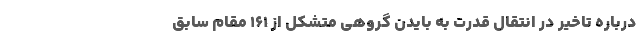
درباره تاخیر در انتقال قدرت به بایدن گروهی متشکل از ۱۶۱ مقام سابق